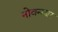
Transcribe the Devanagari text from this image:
नोवन्म्बर